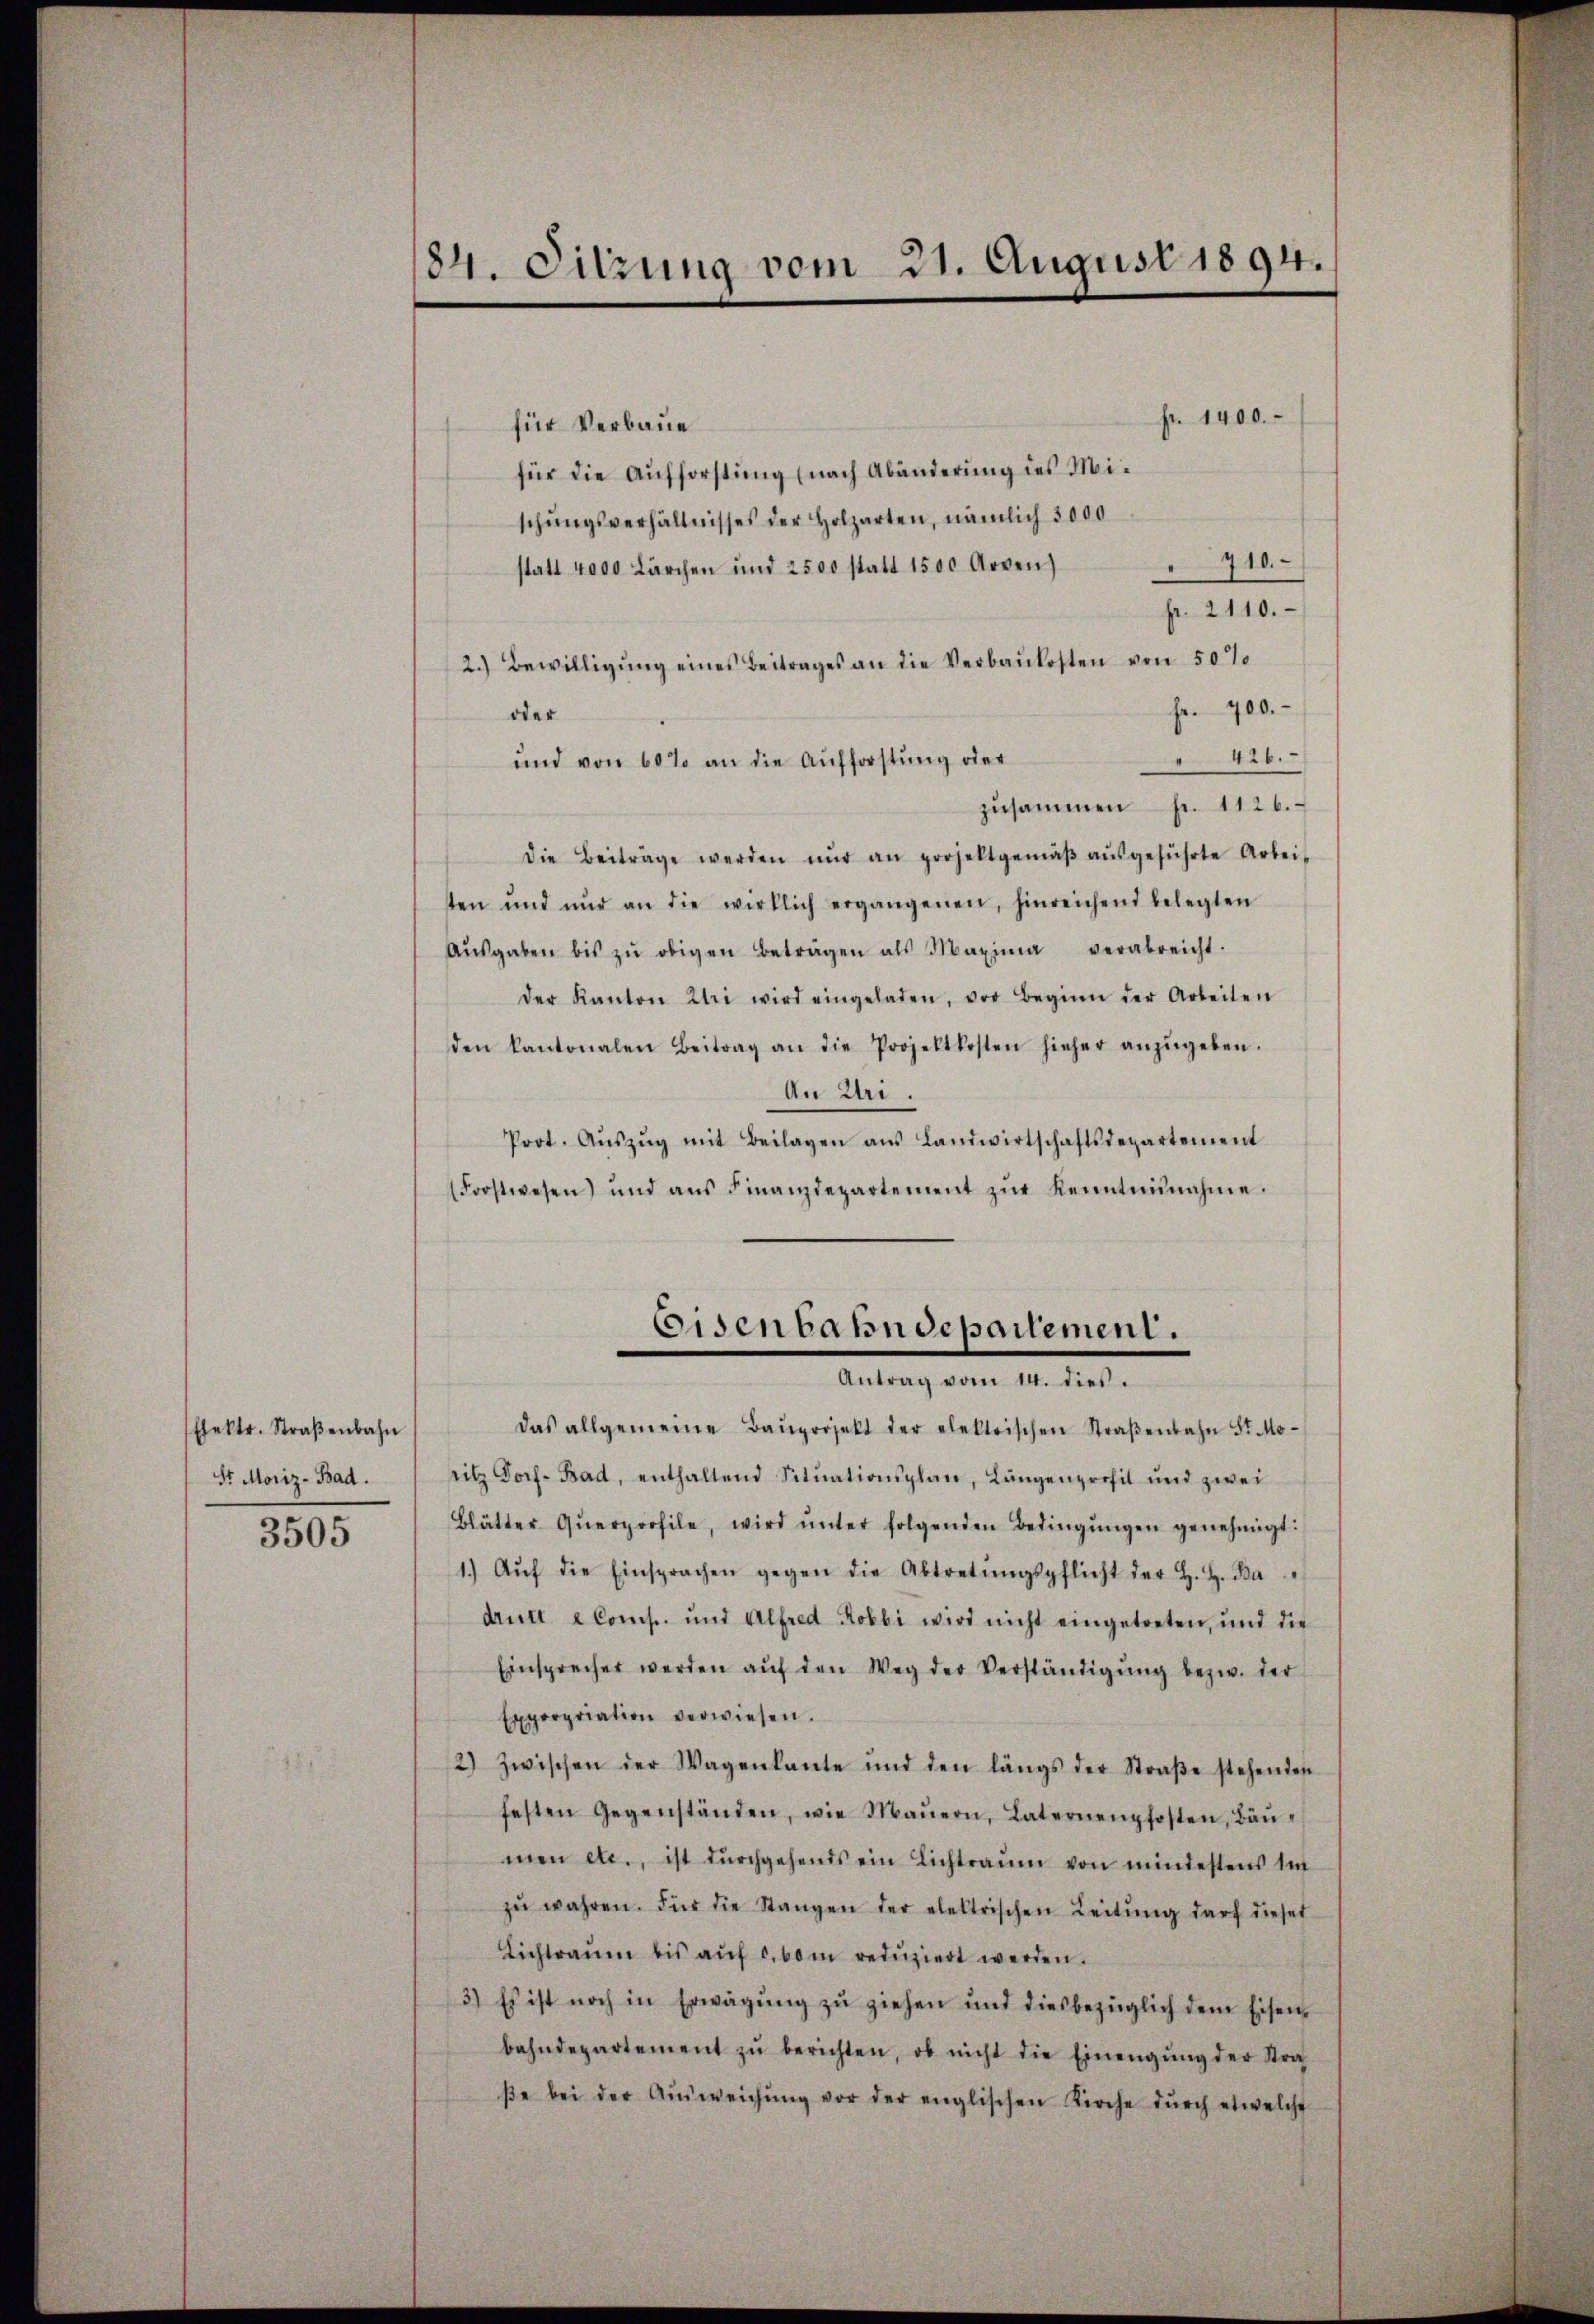
Elektr. Straβenbahn
St. Moriz-Bad.

3505

184. Sitzung vom 21. August 1894.

Fr. 1400.
für Verbaue
für die Aufforstung (nach Abänderung des Mischŭngsverhältnisses der Holzarten, nämlich 3000
710.
statt 4000 Lärchen und 2500 statt 1500 Arven)
fr. 2110.
2.) Bewilligŭng eines Beitrages an die Verbaukosten von 507
Fr. 400.
oder
426.
und von 60% an die Aufforstung oder
’
zŭsammen fr. 1126.
die Beiträge werden nŭr an projektgemäβ aŭsgeführte Arbei-
sten und nur an die wirklich ergangenen, hinreichend belegten
Aŭsgaben bis zŭ obigen Beträgen als Maxima verabreicht.
der Kanton Uri wird eingeladen, vor Beginn der Arbeiten
den kantonalen Beitrag an die Projektkosten hieher anzŭgeben.
An Uri.
Prot. Aŭszŭg mit Beilagen aŭs Landwirtschaftsdepartement
(Forstwesen und aŭs Finanzdepartement zŭr Kenntnŭnahme.

titz Dorf- Bad, enthaltend Sitŭationsplan, Längenprofit und zwei
Blätter Qŭerprofile, wird ŭnter folgenden Bedingŭngen genehmigt:
1.) Aŭf die Einsprachen gegen die Abtretŭngspflicht der H. H. Ba
drull 2Coms. und Alfred Robbi wird nicht eingetreten, und die
Einsprecher werden aŭf den Weg der Verständigŭng bezw. der
Exporpriation verwiesen.
2) zwischen der Wagenkante und den längs der Straβe stehenden
festen Gegenständen, wie Maŭern, Laternenpfosten, Baŭ-
men etc., ist dŭrchgehends ein Lichtraŭm von mindestens int
zŭ wahren. Für die Stangen der elektrischen Leitŭng darf dieser
Lichtraŭm bis aŭf c. vom redŭziert werden.
3.) Es ist noch in Erwägŭng zŭ ziehen und diesbezüglich dem Eisen-
bahndepartement zŭ berichten, ob nicht die Einengŭng der Stra
βe bei der Aŭsweichŭng vor der englischen Kirche dŭrch etwelche

Eisenbahndepartement.
Antrag vom 12. dies
das allgemeine Baŭprojekt der elektrischen Straβenbahn St. Mo-